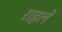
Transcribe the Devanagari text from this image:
राहले